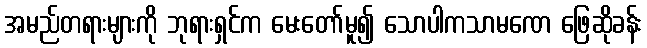
အမည်တရားများကို ဘုရားရှင်က မေးတော်မူ၍ သောပါကသာမဏေ ဖြေဆိုခန်း